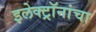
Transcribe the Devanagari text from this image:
इलेक्ट्रॉनांचा